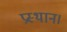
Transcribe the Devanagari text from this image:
प्रस्थान।